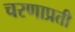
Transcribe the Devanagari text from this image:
चरणाप्रती